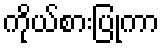
ကိုယ်စားပြုကာ